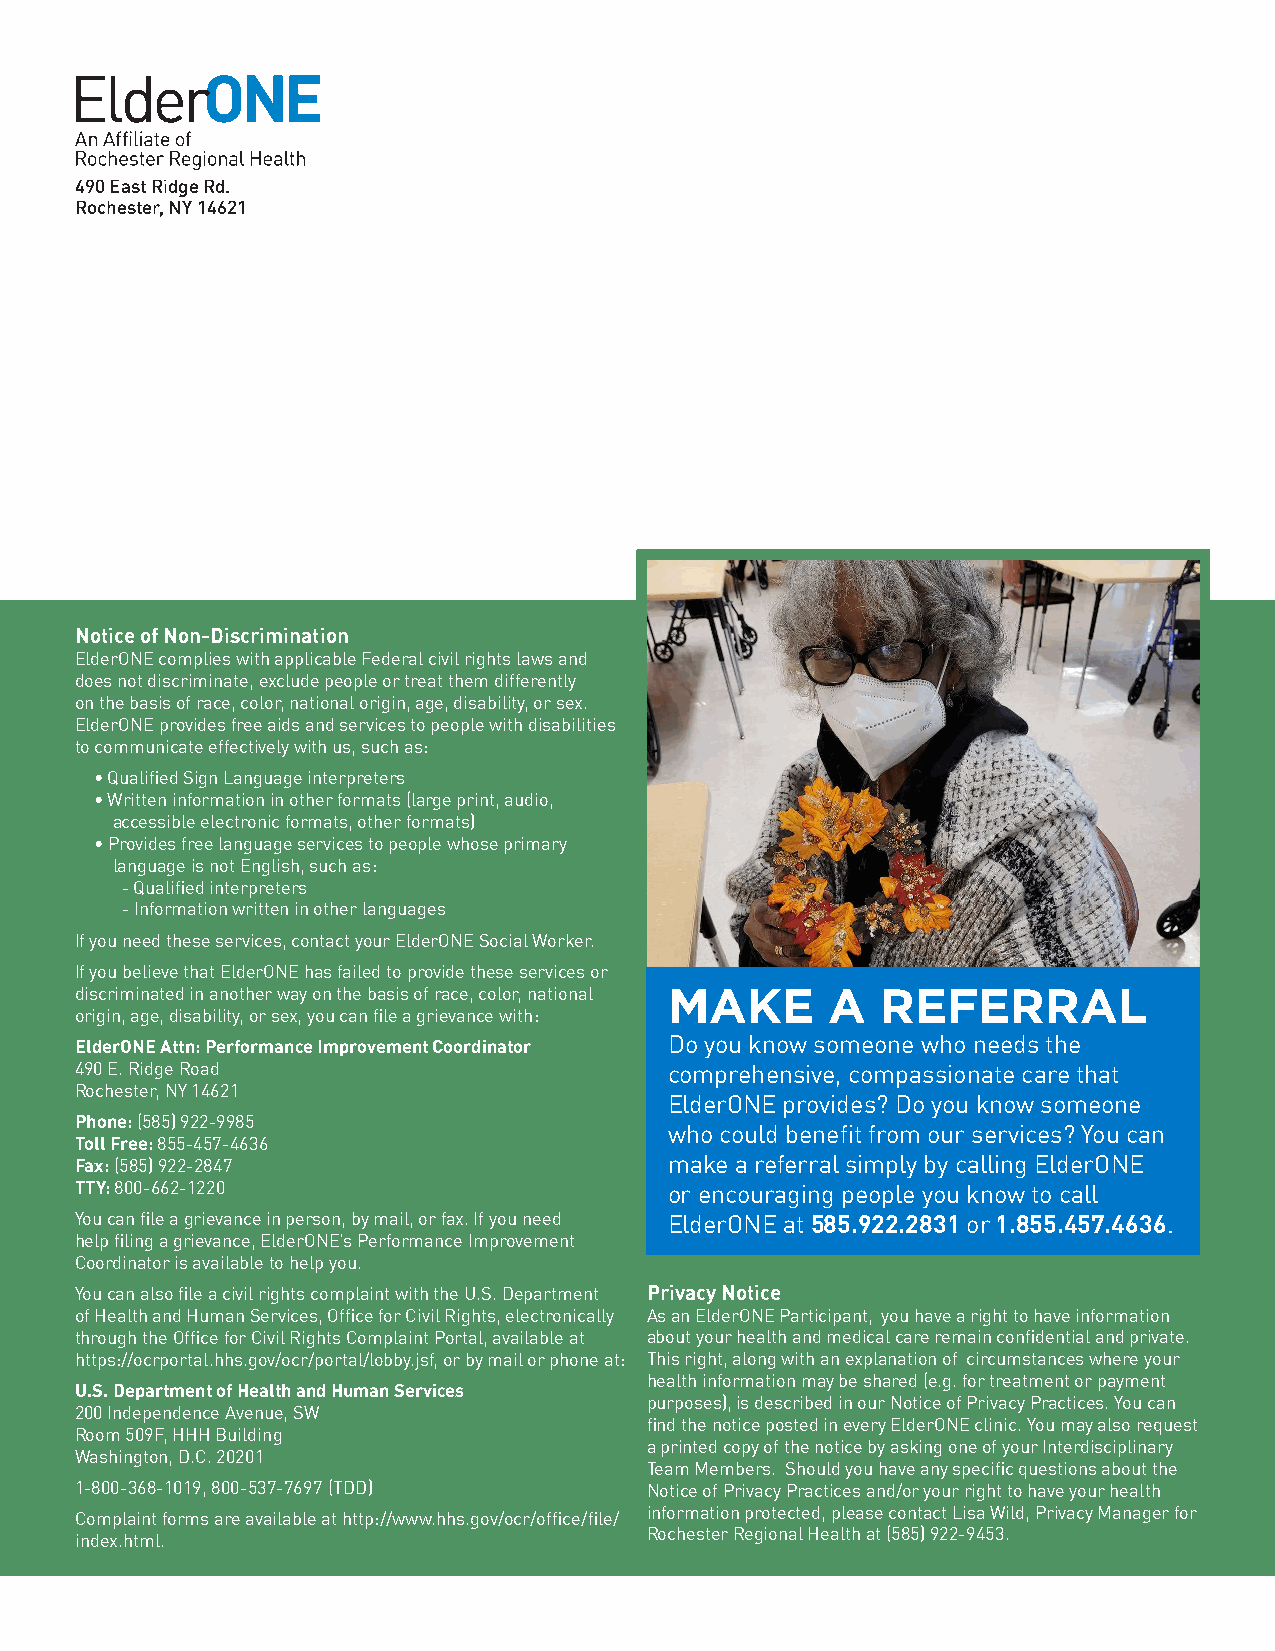
490 East Ridge Rd.
 Rochester, NY 14621
 Notice of Non-Discrimination
 ElderONE complies with applicable Federal civil rights laws and
 does not discriminate, exclude people or treat them differently
 on the basis of race, color, national origin, age, disability, or sex.
 ElderONE provides free aids and services to people with disabilities
 to communicate effectively with us, such as:
 •Qualified Sign Language interpreters
 •Written information in other formats (large print, audio,
 accessible electronic formats, other formats)
 •Provides free language services to people whose primary
 language is not English, such as:
 -Qualified interpreters
 -Information written in other languages
 If you need these services, contact your ElderONE Social Worker.
 If you believe that ElderONE has failed to provide these services or
 discriminated in another way on the basis of race, color, national MAKE A REFERRAL
 origin, age, disability, or sex, you can file a grievance with:
 ElderONE Attn: Performance Improvement Coordinator Do you know someone who needs the
 490 E. Ridge Road                      comprehensive, compassionate care that
 Rochester, NY 14621
 ElderONE provides? Do you know someone
 Phone: (585) 922-9985
 who could benefit from our services? You can
 Toll Free: 855-457-4636
 Fax: (585) 922-2847                    make a referral simply by calling ElderONE
 TTY: 800-662-1220                      or encouraging people you know to call
 You can file a grievance in person, by mail, or fax. If you need ElderONE at 585.922.2831 or 1.855.457.4636.
 help filing a grievance, ElderONE’s Performance Improvement
 Coordinator is available to help you.
 You can also file a civil rights complaint with the U.S. Department Privacy Notice
 of Health and Human Services, Office for Civil Rights, electronically As an ElderONE Participant, you have a right to have information
 through the Office for Civil Rights Complaint Portal, available at about your health and medical care remain confidential and private.
 https://ocrportal.hhs.gov/ocr/portal/lobby.jsf, or by mail or phone at: This right, along with an explanation of circumstances where your
 health information may be shared (e.g. for treatment or payment
 U.S. Department of Health and Human Services
 purposes), is described in our Notice of Privacy Practices. You can
 200 Independence Avenue, SW
 find the notice posted in every ElderONE clinic. You may also request
 Room 509F, HHH Building
 a printed copy of the notice by asking one of your Interdisciplinary
 Washington, D.C. 20201
 Team Members. Should you have any specific questions about the
 1-800-368-1019, 800-537-7697 (TDD)    Notice of Privacy Practices and/or your right to have your health
 information protected, please contact Lisa Wild, Privacy Manager for
 Complaint forms are available at http://www.hhs.gov/ocr/office/file/
 Rochester Regional Health at (585) 922-9453.
 index.html.